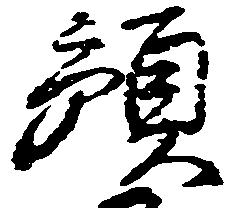
預